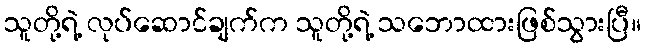
သူတို့ရဲ့ လုပ်ဆောင်ချက်က သူတို့ရဲ့ သဘောထားဖြစ်သွားပြီ။